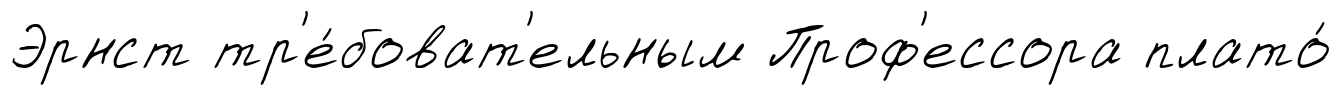
Эрнст тр'е́боват'ельным Проф'ессора плато́